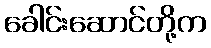
ခေါင်းဆောင်တို့က